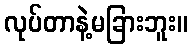
လုပ်တာနဲ့မခြားဘူး။